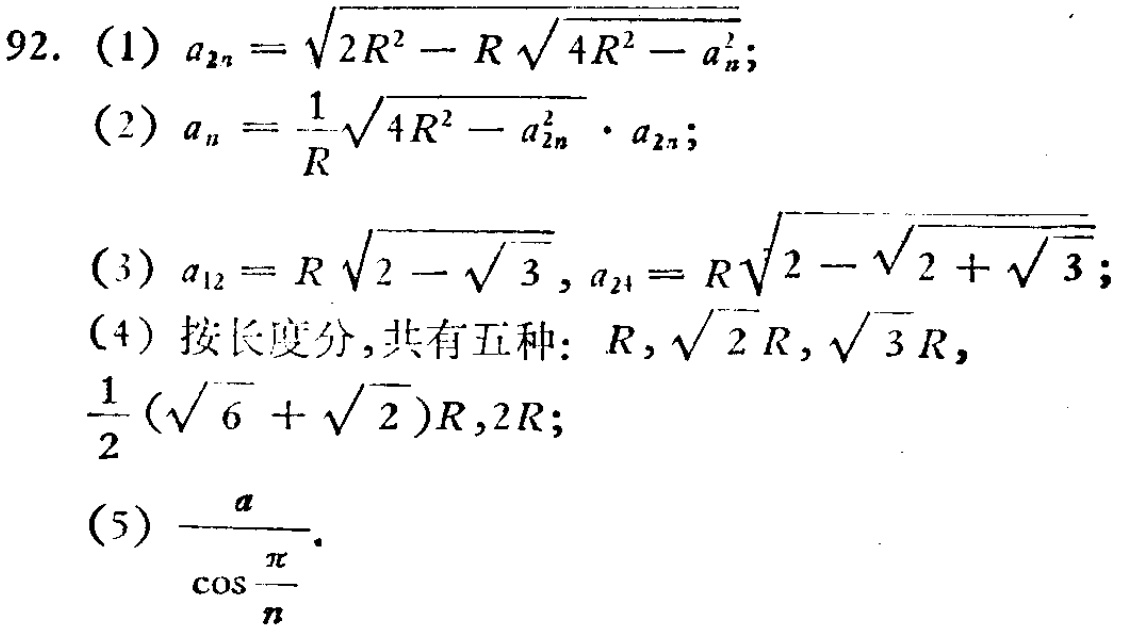
\begin{align*}
92.\quad&(1)\quad a_{2n}=\sqrt{2R^{2}-R\sqrt{4R^{2}-a_{n}^{2}}};\\
&(2)\quad a_{n}=\frac{1}{R}\sqrt{4R^{2}-a_{2n}^{2}}\cdot a_{2n};\\
&(3)\quad a_{12}=R\sqrt{2 - \sqrt{3}}, a_{24}=R\sqrt{2-\sqrt{2 + \sqrt{3}}};\\
&(4)\quad\text{按长度分,共有五种：}R,\sqrt{2}R,\sqrt{3}R,\\
&\frac{1}{2}(\sqrt{6}+\sqrt{2})R,2R;\\
&(5)\quad\frac{a}{\cos\frac{\pi}{n}}.
\end{align*}